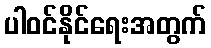
ပါဝင်နိုင်ရေးအတွက်